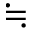
\fallingdotseq